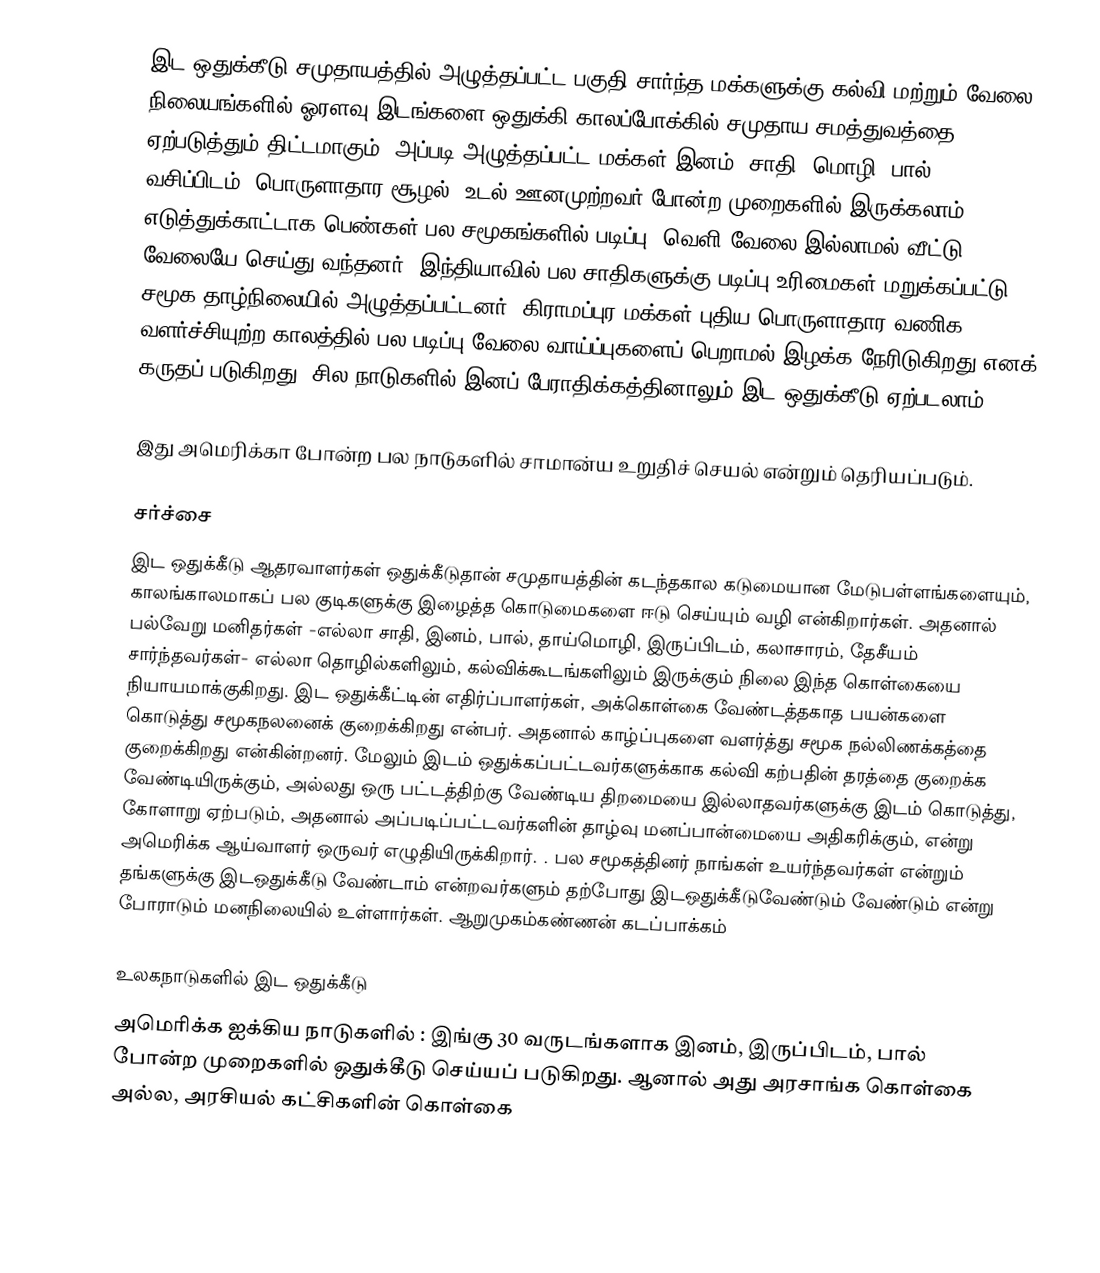
இட ஒதுக்கீடு சமுதாயத்தில் அழுத்தப்பட்ட பகுதி சார்ந்த மக்களுக்கு கல்வி மற்றும் வேலை நிலையங்களில் ஓரளவு இடங்களை ஒதுக்கி காலப்போக்கில் சமுதாய சமத்துவத்தை ஏற்படுத்தும் திட்டமாகும். அப்படி அழுத்தப்பட்ட மக்கள் இனம், சாதி, மொழி, பால், வசிப்பிடம், பொருளாதார சூழல், உடல் ஊனமுற்றவர் போன்ற முறைகளில் இருக்கலாம். எடுத்துக்காட்டாக பெண்கள் பல சமூகங்களில் படிப்பு, வெளி வேலை இல்லாமல் வீட்டு வேலையே செய்து வந்தனர். இந்தியாவில் பல சாதிகளுக்கு படிப்பு உரிமைகள் மறுக்கப்பட்டு, சமூக தாழ்நிலையில் அழுத்தப்பட்டனர். கிராமப்புர மக்கள் புதிய பொருளாதார/வணிக வளர்ச்சியுற்ற காலத்தில் பல படிப்பு/வேலை வாய்ப்புகளைப் பெறாமல் இழக்க நேரிடுகிறது எனக் கருதப் படுகிறது. சில நாடுகளில் இனப் பேராதிக்கத்தினாலும் இட ஒதுக்கீடு ஏற்படலாம்.

இது அமெரிக்கா போன்ற பல நாடுகளில் சாமான்ய உறுதிச் செயல் என்றும் தெரியப்படும்.

சர்ச்சை
இட ஒதுக்கீடு ஆதரவாளர்கள் ஒதுக்கீடுதான் சமுதாயத்தின் கடந்தகால கடுமையான மேடுபள்ளங்களையும், காலங்காலமாகப் பல குடிகளுக்கு இழைத்த கொடுமைகளை ஈடு செய்யும் வழி என்கிறார்கள். அதனால் பல்வேறு மனிதர்கள் -எல்லா சாதி, இனம், பால், தாய்மொழி, இருப்பிடம், கலாசாரம், தேசீயம் சார்ந்தவர்கள்- எல்லா தொழில்களிலும், கல்விக்கூடங்களிலும் இருக்கும் நிலை இந்த கொள்கையை நியாயமாக்குகிறது. இட ஒதுக்கீட்டின் எதிர்ப்பாளர்கள், அக்கொள்கை வேண்டத்தகாத பயன்களை கொடுத்து சமூகநலனைக் குறைக்கிறது என்பர். அதனால் காழ்ப்புகளை வளர்த்து சமூக நல்லிணக்கத்தை குறைக்கிறது என்கின்றனர். மேலும் இடம் ஒதுக்கப்பட்டவர்களுக்காக கல்வி கற்பதின் தரத்தை குறைக்க வேண்டியிருக்கும், அல்லது ஒரு பட்டத்திற்கு வேண்டிய திறமையை இல்லாதவர்களுக்கு இடம் கொடுத்து, கோளாறு ஏற்படும், அதனால் அப்படிப்பட்டவர்களின் தாழ்வு மனப்பான்மையை அதிகரிக்கும், என்று அமெரிக்க ஆய்வாளர் ஒருவர் எழுதியிருக்கிறார்.  . பல சமூகத்தினர் நாங்கள் உயர்ந்தவர்கள் என்றும் தங்களுக்கு இடஒதுக்கீடு வேண்டாம் என்றவர்களும் தற்போது இடஒதுக்கீடுவேண்டும் வேண்டும் என்று போராடும் மனநிலையில் உள்ளார்கள். ஆறுமுகம்கண்ணன் கடப்பாக்கம்

உலகநாடுகளில் இட ஒதுக்கீடு
அமெரிக்க ஐக்கிய நாடுகளில் : இங்கு 30 வருடங்களாக இனம், இருப்பிடம், பால் போன்ற முறைகளில் ஒதுக்கீடு செய்யப் படுகிறது. ஆனால் அது அரசாங்க கொள்கை அல்ல, அரசியல் கட்சிகளின் கொள்கை